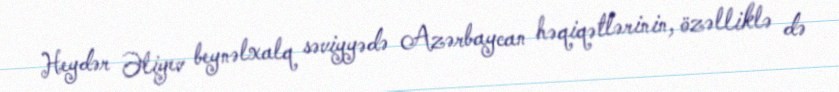
Heydər Əliyev beynəlxalq səviyyədə Azərbaycan həqiqətlərinin, özəlliklə də